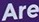
Are